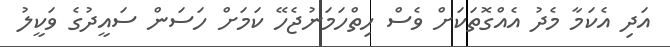
އަދި އެކަމާ މެދު އެއްގޮތަކަށް ވެސް ހިތްހަމަނުޖެހޭ ކަމަށް ހަސަން ސައީދުގެ ވަކީލު